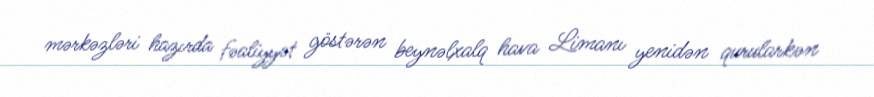
mərkəzləri hazırda fəaliyyət göstərən beynəlxalq hava Limanı yenidən qurularkən